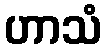
ဟာသံ